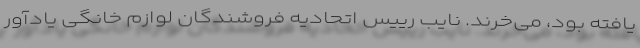
یافته بود، می‌خرند. نایب رییس اتحادیه فروشندگان لوازم خانگی یادآور